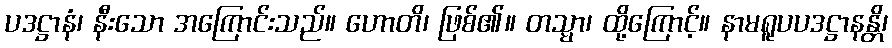
ပဒဋ္ဌာနံ၊ နီးသော အကြောင်းသည်။ ဟောတိ၊ ဖြစ်၏။ တသ္မာ၊ ထို့ကြောင့်။ နာမရူပပဒဋ္ဌာနန္တိ၊